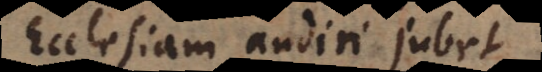
Ecclesiam audiri jubet